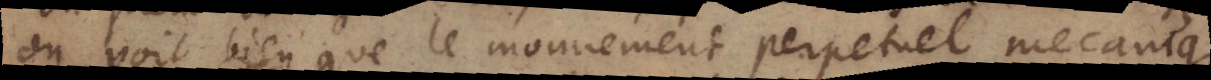
on voit bien que le mouvement perpetuel mecanique